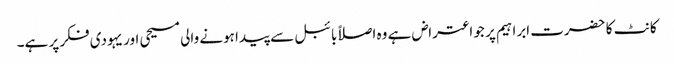
کانٹ کا حضرت ابراہیم پر جو اعتراض ہے وہ اصلاًبائبل سے پیدا ہونے والی مسیحی اور یہودی فکر پر ہے۔